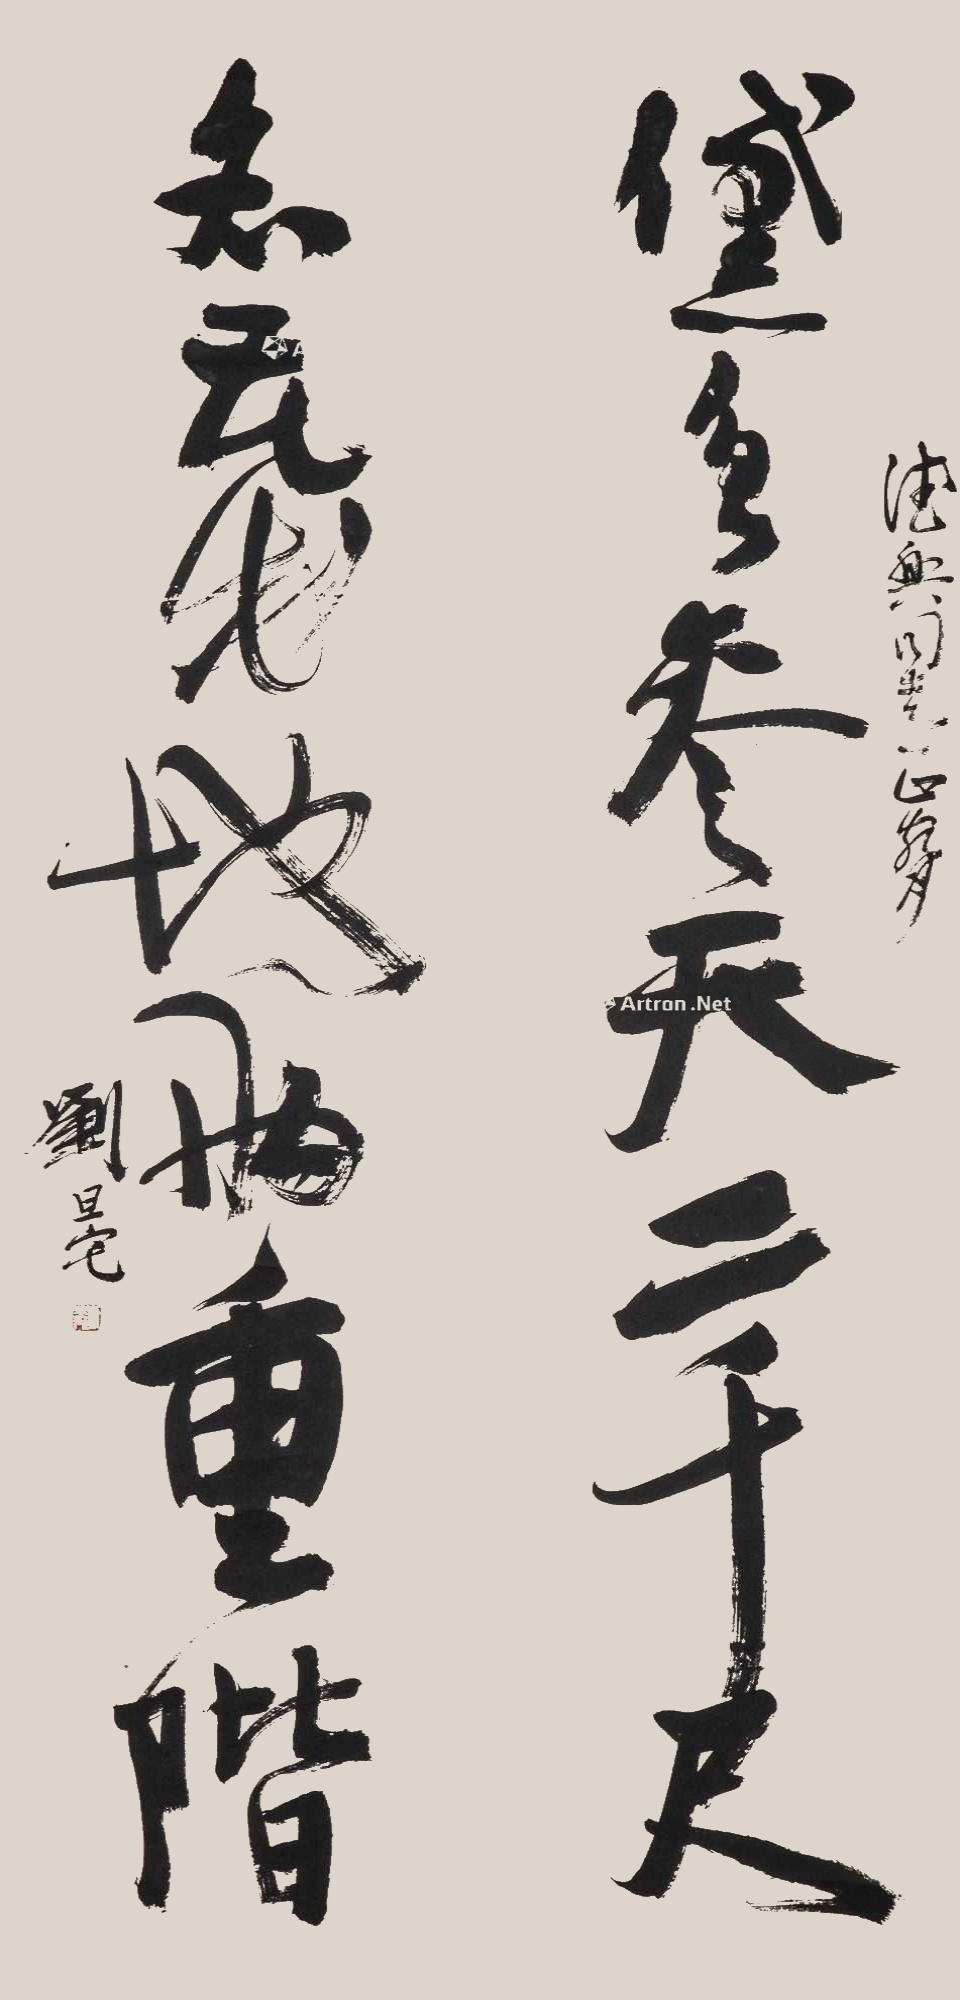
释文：黛色参天二千尺，名花出地两重阶。德兴同志正腕，刘旦宅。